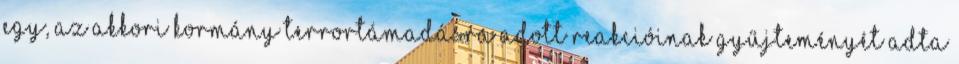
egy, az akkori kormány terrortámadásra adott reakcióinak gyűjteményét adta